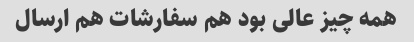
همه چیز عالی بود هم سفارشات هم ارسال